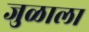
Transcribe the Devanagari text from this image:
जुळाला